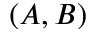
( A , B )